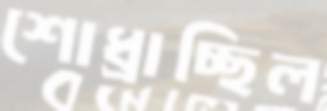
শোধ্‌রাচ্ছিল